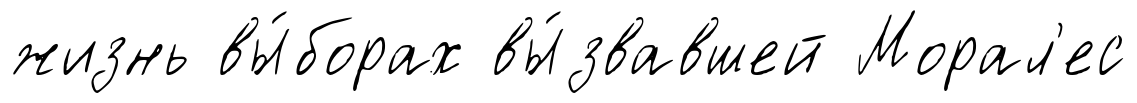
жизнь вы́борах вы́звавшей Морал'ес